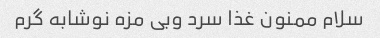
سلام ممنون غذا سرد وبی مزه نوشابه گرم